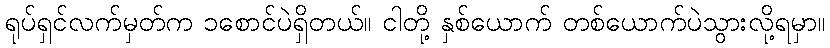
ရုပ်ရှင်လက်မှတ်က ၁စောင်ပဲရှိတယ်။ ငါတို့ နှစ်ယောက် တစ်ယောက်ပဲသွားလို့ရမှာ။